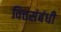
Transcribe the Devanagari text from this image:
वित्तसंबंधी